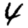
Digit: 4